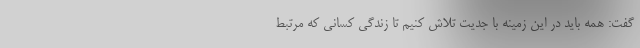
گفت: همه باید در این زمینه با جدیت تلاش کنیم تا زندگی کسانی که مرتبط